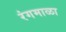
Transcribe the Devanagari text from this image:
रंगमाळा